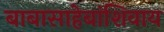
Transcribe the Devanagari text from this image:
बाबासाहेबांशिवाय